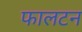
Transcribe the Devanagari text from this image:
फालटन